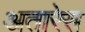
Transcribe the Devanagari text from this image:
अतारेस